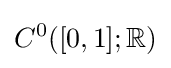
C^{0}([0,1];\mathbb {R} )